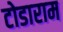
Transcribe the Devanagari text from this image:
टोडाराम